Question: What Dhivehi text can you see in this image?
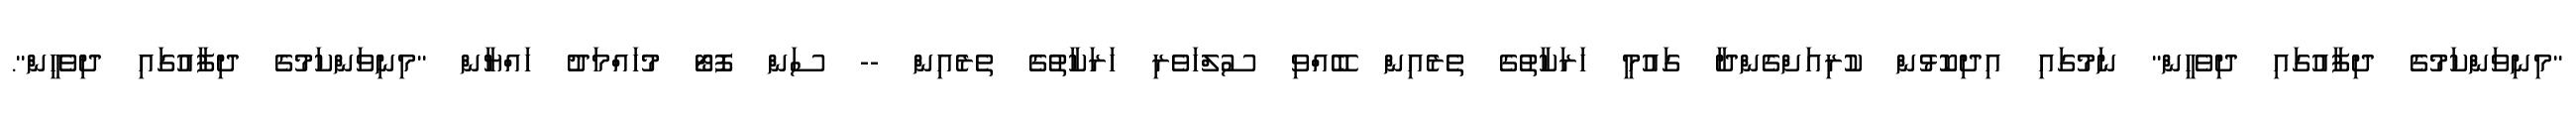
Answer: "މިނިވަންކަމުގެ ދިފާއުގައި ދިވެހީން" ނަމުގައި އިދިކޮޅުން ކުރިއަށްގެންދާ ގައުމީ ހަރަކާތުގެ ތެރެއިން ބޭއްވި ސުލްހަވެރި ހަރަކާތުގެ ތެރެއިން -- ސަން ފޮޓޯ މުހައްމަދު ހައްޔާން "މިނިވަންކަމުގެ ދިފާއުގައި ދިވެހީން".